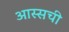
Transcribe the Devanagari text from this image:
आस्सची